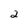
Character: 2